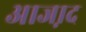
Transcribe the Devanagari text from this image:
आजा़द